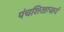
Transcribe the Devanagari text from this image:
पंचशिखाचार्य